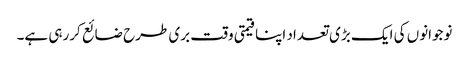
نوجوانوں کی ایک بڑی تعداد اپنا قیمتی وقت بری طرح ضائع کررہی ہے۔